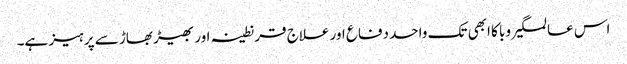
اس عالمگیر وبا کا ابھی تک واحد دفاع اور علاج قرنطینہ اور بھیڑ بھاڑ سے پرہیز ہے۔